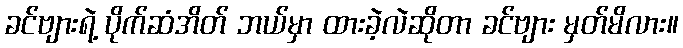
ခင်ဗျားရဲ့ ပိုက်ဆံအိတ် ဘယ်မှာ ထားခဲ့လဲဆိုတာ ခင်ဗျား မှတ်မိလား။